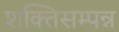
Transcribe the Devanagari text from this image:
शक्तिसम्पन्न